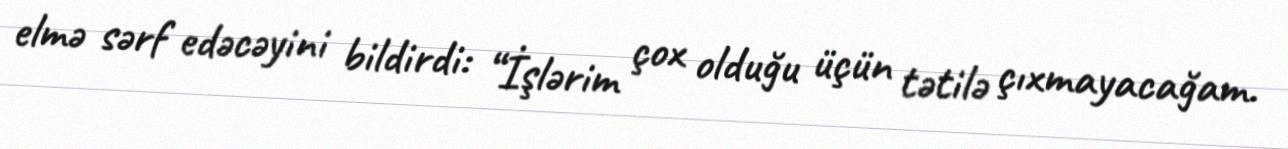
elmə sərf edəcəyini bildirdi: “İşlərim çox olduğu üçün tətilə çıxmayacağam.